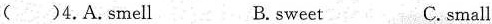
( )4.A.Smell B.sweet C.small